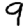
Digit: 9